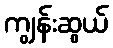
ကျွန်းဆွယ်